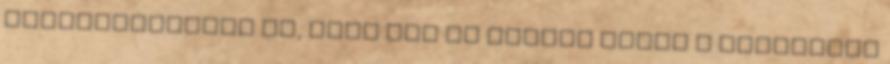
meghatározásra is, hogy mit is értünk éppen a kifejezés